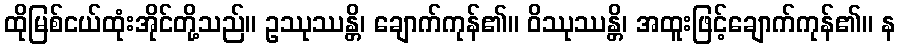
ထိုမြစ်ငယ်ထုံးအိုင်တို့သည်။ ဥဿုဿန္တိ၊ ချောက်ကုန်၏။ ဝိဿုဿန္တိ၊ အထူးဖြင့်ချောက်ကုန်၏။ န